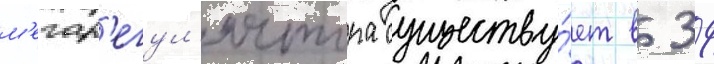
м'егар'егул'ятора существу́ет в 39